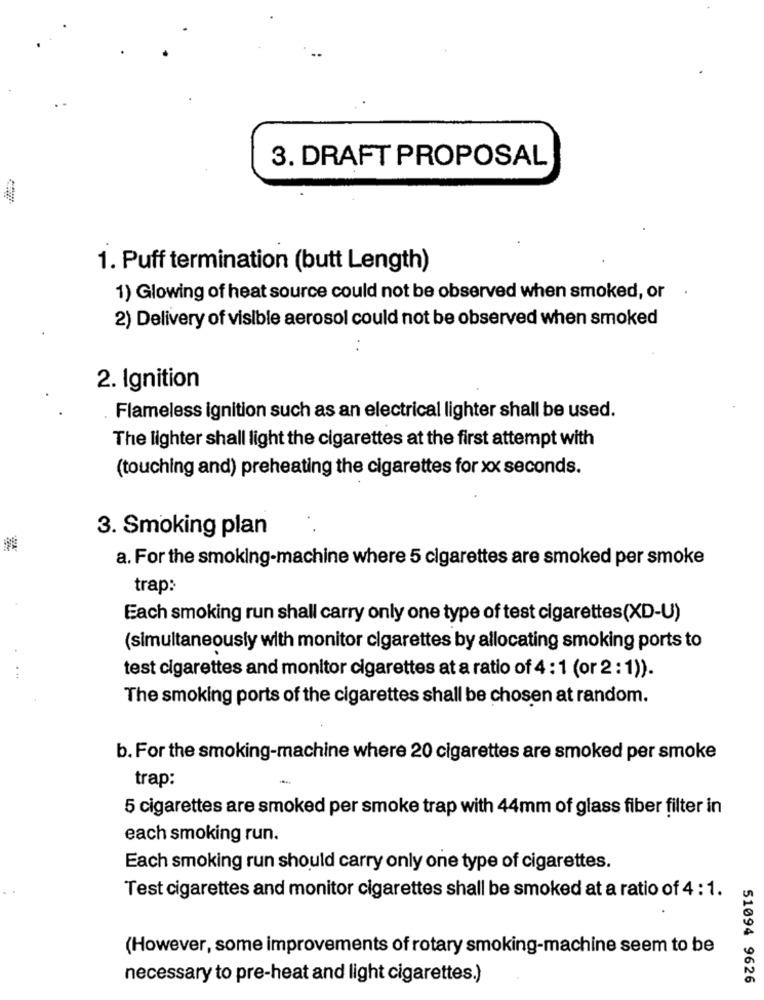
3. DRAFT PROPOSAL
1. Puff termination (butt Length)
1) Glowing of heat source could not be observed when smoked, or .
2) Delivery of visible aerosol could not be observed when smoked
2. Ignition
Flameless ignition such as an electrical lighter shall be used.
The lighter shall light the cigarettes at the first attempt with
(touching and) preheating the cigarettes for xx seconds.
3. Smoking plan
a. For the smoking-machine where 5 cigarettes are smoked per smoke
trap:
Each smoking run shall carry only one type of test cigarettes(XD-U)
(simultaneously with monitor cigarettes by allocating smoking ports to
test cigarettes and monitor cigarettes at a ratio of 4 : 1 (or 2 : 1)).
The smoking ports of the cigarettes shall be chosen at random.
b. For the smoking-machine where 20 cigarettes are smoked per smoke
trap:
5 cigarettes are smoked per smoke trap with 44mm of glass fiber filter in
each smoking run.
Each smoking run should carry only one type of cigarettes.
Test cigarettes and monitor cigarettes shall be smoked at a ratio of 4 : 1.
(However, some improvements of rotary smoking-machine seem to be
necessary to pre-heat and light cigarettes.)
51094 9626